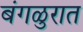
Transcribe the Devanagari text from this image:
बंगळुरात